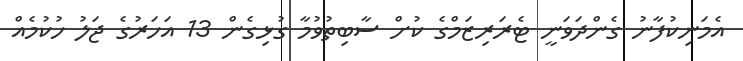
އެމަނިކުފާނު ގެންދަވަނީ ޓެރަރިޒަމްގެ ކުށް ސާބިތުވުމާ ގުޅިގެން 13 އަހަރުގެ ޖަލު ހުކުމެއް